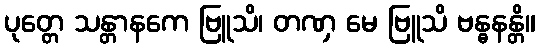
ပုတ္တေ သန္တာနကေ ဗြူသိ၊ တဏှ မေ ဗြူသိ ဗန္ဓနန္တိ။